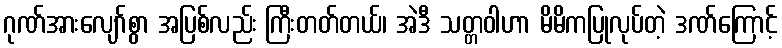
ဂုဏ်အားလျော်စွာ အပြစ်လည်း ကြီးတတ်တယ်၊ အဲဒီ သတ္တဝါဟာ မိမိကပြုလုပ်တဲ့ ဒဏ်ကြောင့်